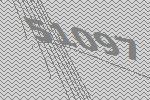
51097